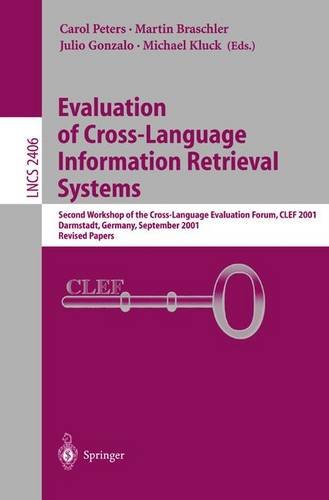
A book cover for Evaluation of Cross-Language Information Retrieval Systems: Second Workshop of the Cross-Language Evaluation Forum, CLEF 2001, Darmstadt, Germany, ... Papers (Lecture Notes in Computer Science); Computers & Technology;